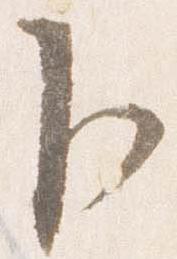
卜